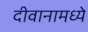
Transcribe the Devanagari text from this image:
दीवानामध्ये